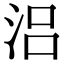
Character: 𣳮